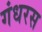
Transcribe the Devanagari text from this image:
गंधरस